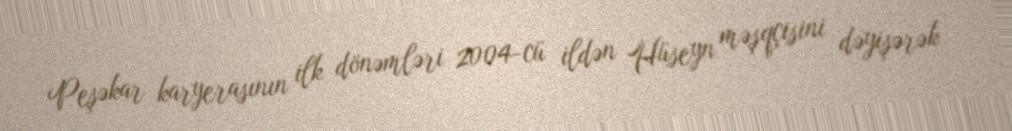
Peşəkar karyerasının ilk dönəmləri 2004-cü ildən Hüseyn məşqçisini dəyişərək